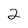
Character: 2